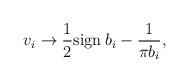
LaTeX: \begin{align*}v_i \to \frac{1}{2}\mbox{sign}\:b_i-\frac{1}{\pi b_i},\end{align*}